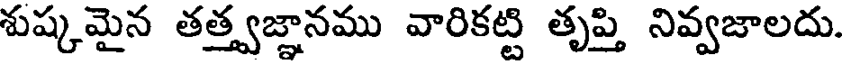
శుష్కమైన తత్త్వజ్ఞానము వారికట్టి తృప్తి నివ్వజాలదు.